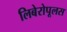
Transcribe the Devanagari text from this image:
लिबेरोपूलस